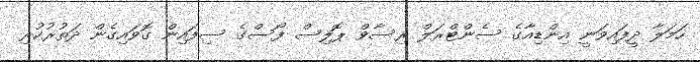
ހަމަލާ ދީފައިވަނީ އިންޑިއާގެ ސެންޓްރަލް ރިސާވް ޕޮލިސް ފޯސްގެ ސިފައިން ގޮވައިގެން ދަތުރުކުރި